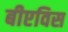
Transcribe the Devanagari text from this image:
बीएविस